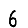
Digit: 6